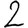
Digit: 2